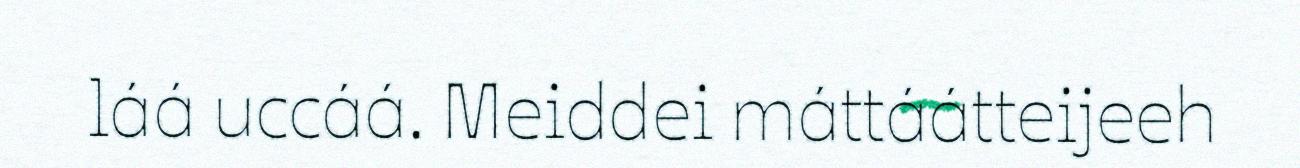
láá uccáá. Meiddei máttáátteijeeh